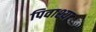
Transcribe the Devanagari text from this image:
पिवाश्या